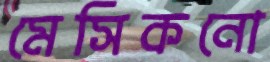
মেসিকনো